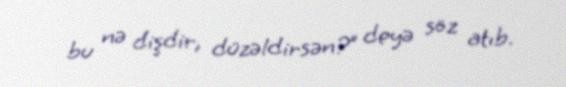
bu nə dişdir, düzəldirsən?” deyə söz atıb.